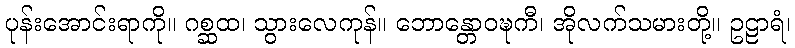
ပုန်းအောင်းရာကို။ ဂစ္ဆထ၊ သွားလေကုန်။ ဘောန္တောဝဍ္ဎကီ၊ အိုလက်သမားတို့။ ဥဠာရံ၊